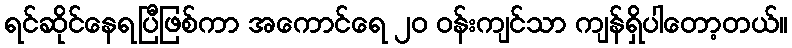
ရင်ဆိုင်နေရပြီဖြစ်ကာ အကောင်ရေ ၂၀ ဝန်းကျင်သာ ကျန်ရှိပါတော့တယ်။